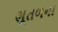
ભૂતળના